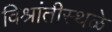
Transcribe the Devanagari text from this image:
विश्रांतीस्थळे